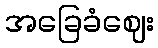
အခြေခံဈေး